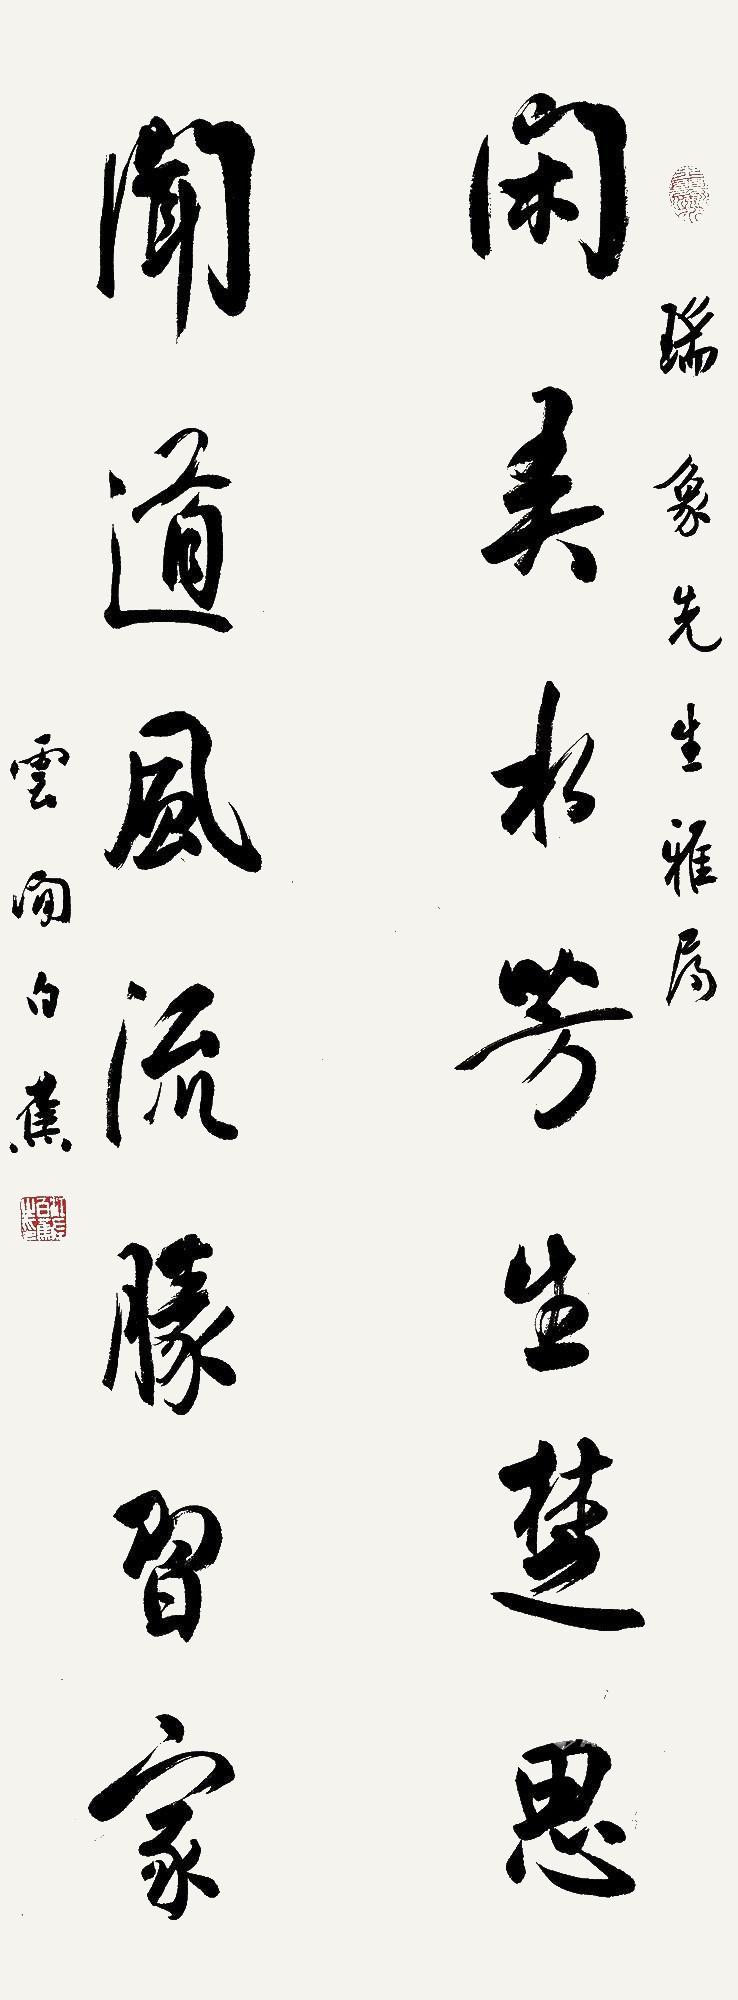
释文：闲弄水芳生楚思，闻道风流胜习家瑞象先生雅属云间白蕉